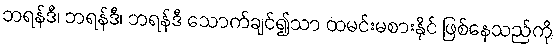
ဘရန်ဒီ၊ ဘရန်ဒီ၊ ဘရန်ဒီ သောက်ချင်၍သာ ထမင်းမစားနိုင် ဖြစ်နေသည်ကို